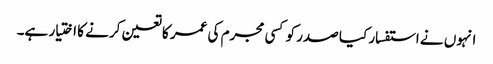
انہوں نے استفسار کیا صدر کو کسی مجرم کی عمر کا تعین کرنے کا اختیار ہے۔